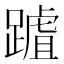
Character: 䠡